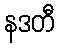
နဒတီ